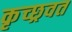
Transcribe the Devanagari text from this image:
कृच्छ्रवत